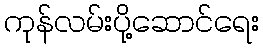
ကုန်လမ်းပို့ဆောင်ရေး